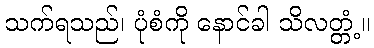
သက်ရသည်၊ ပုံစံကို နောင်ခါ သိလတ္တံ့။